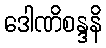
ဒေါဏိစန္ဒနိ